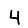
Digit: 4